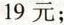
19元；